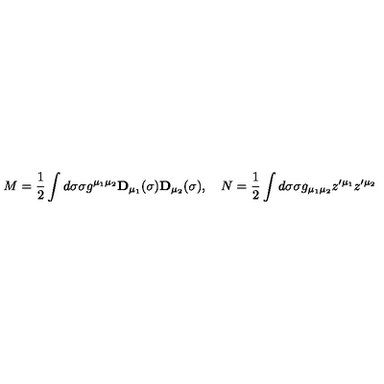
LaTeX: M = { \frac 1 2 } \int d \sigma \sigma g ^ { \mu _ { 1 } \mu _ { 2 } } { \bf D } _ { \mu _ { 1 } } ( \sigma ) { \bf D } _ { \mu _ { 2 } } ( \sigma ) , \quad N = { \frac 1 2 } \int d \sigma \sigma g _ { \mu _ { 1 } \mu _ { 2 } } z ^ { \prime \mu _ { 1 } } z ^ { \prime \mu _ { 2 } }